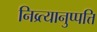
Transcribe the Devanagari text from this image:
निव्र्त्यानुप्पत्ति